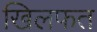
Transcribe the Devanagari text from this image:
खिलफत